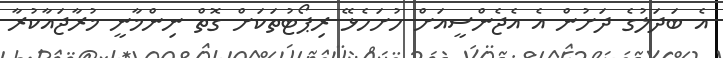
އެ ބަދަލުގެ ދަށުން އެ އެޖެންސީއަށް ހުށަހެޅޭ ރިޕޯޓުތަކަށް ގޮތް ނިންމާނީ މުރާޖައާކުރާ